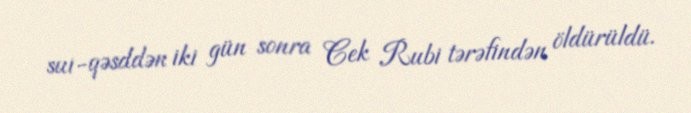
sui-qəsddən iki gün sonra Cek Rubi tərəfindən öldürüldü.